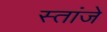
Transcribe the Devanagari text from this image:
स्तांजे